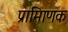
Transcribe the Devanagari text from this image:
प्रामािणक